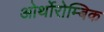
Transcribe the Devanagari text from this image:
ओर्थोरोम्बिक